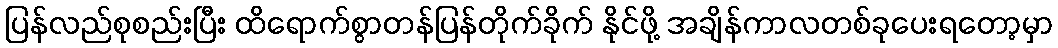
ပြန်လည်စုစည်းပြီး ထိရောက်စွာတန်ပြန်တိုက်ခိုက် နိုင်ဖို့ အချိန်ကာလတစ်ခုပေးရတော့မှာ